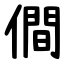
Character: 僴